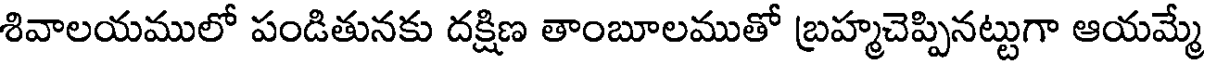
శివాలయములో పండితునకు దక్షిణ తాంబూలముతో బ్రహ్మచెప్పినట్టుగా ఆయమ్మే